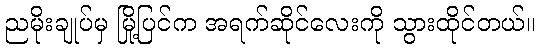
ညမိုးချုပ်မှ မြို့ပြင်က အရက်ဆိုင်လေးကို သွားထိုင်တယ်။